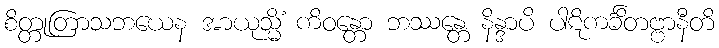
စိတ္တုတြာသဘယေန အာယုသ္မိံ ကိဝန္တော ဘဿန္တေ နိန္ဒာပိ ပါဋိကင်္ခိတဗ္ဗာနီတိ